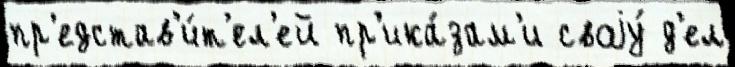
пр'едстав'и́т'ел'ей пр'ика́зам'и своjу́ д'ел